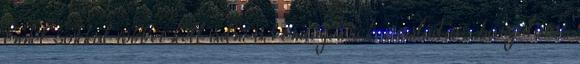
ennél sokkal többet kell adni a vendégeknek: családias hangulatot,